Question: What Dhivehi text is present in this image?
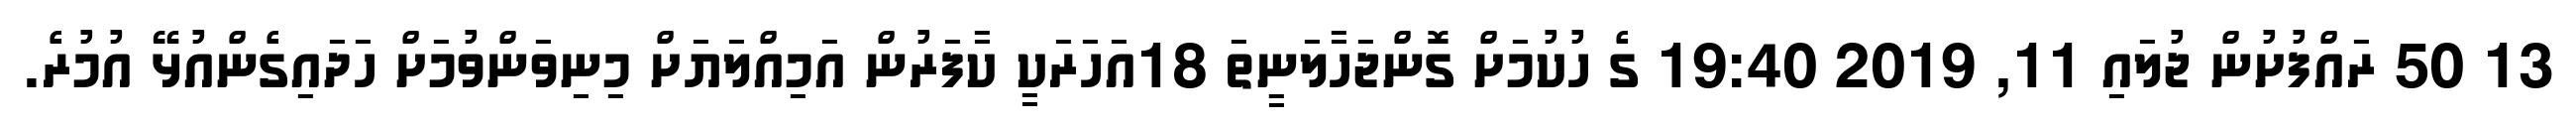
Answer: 13 50 ރައްފުށުން ޖުލައި 11, 2019 19:40 ގެ ހުކުމަށް ގޮންޖަހާލަނީތަ 18އަހަރަކީ ކާފަރުން އަމިއްލަޔަށް މިނިވަންވުމަށް ހަދައިގެންއުޅޭ އުމުރެ.